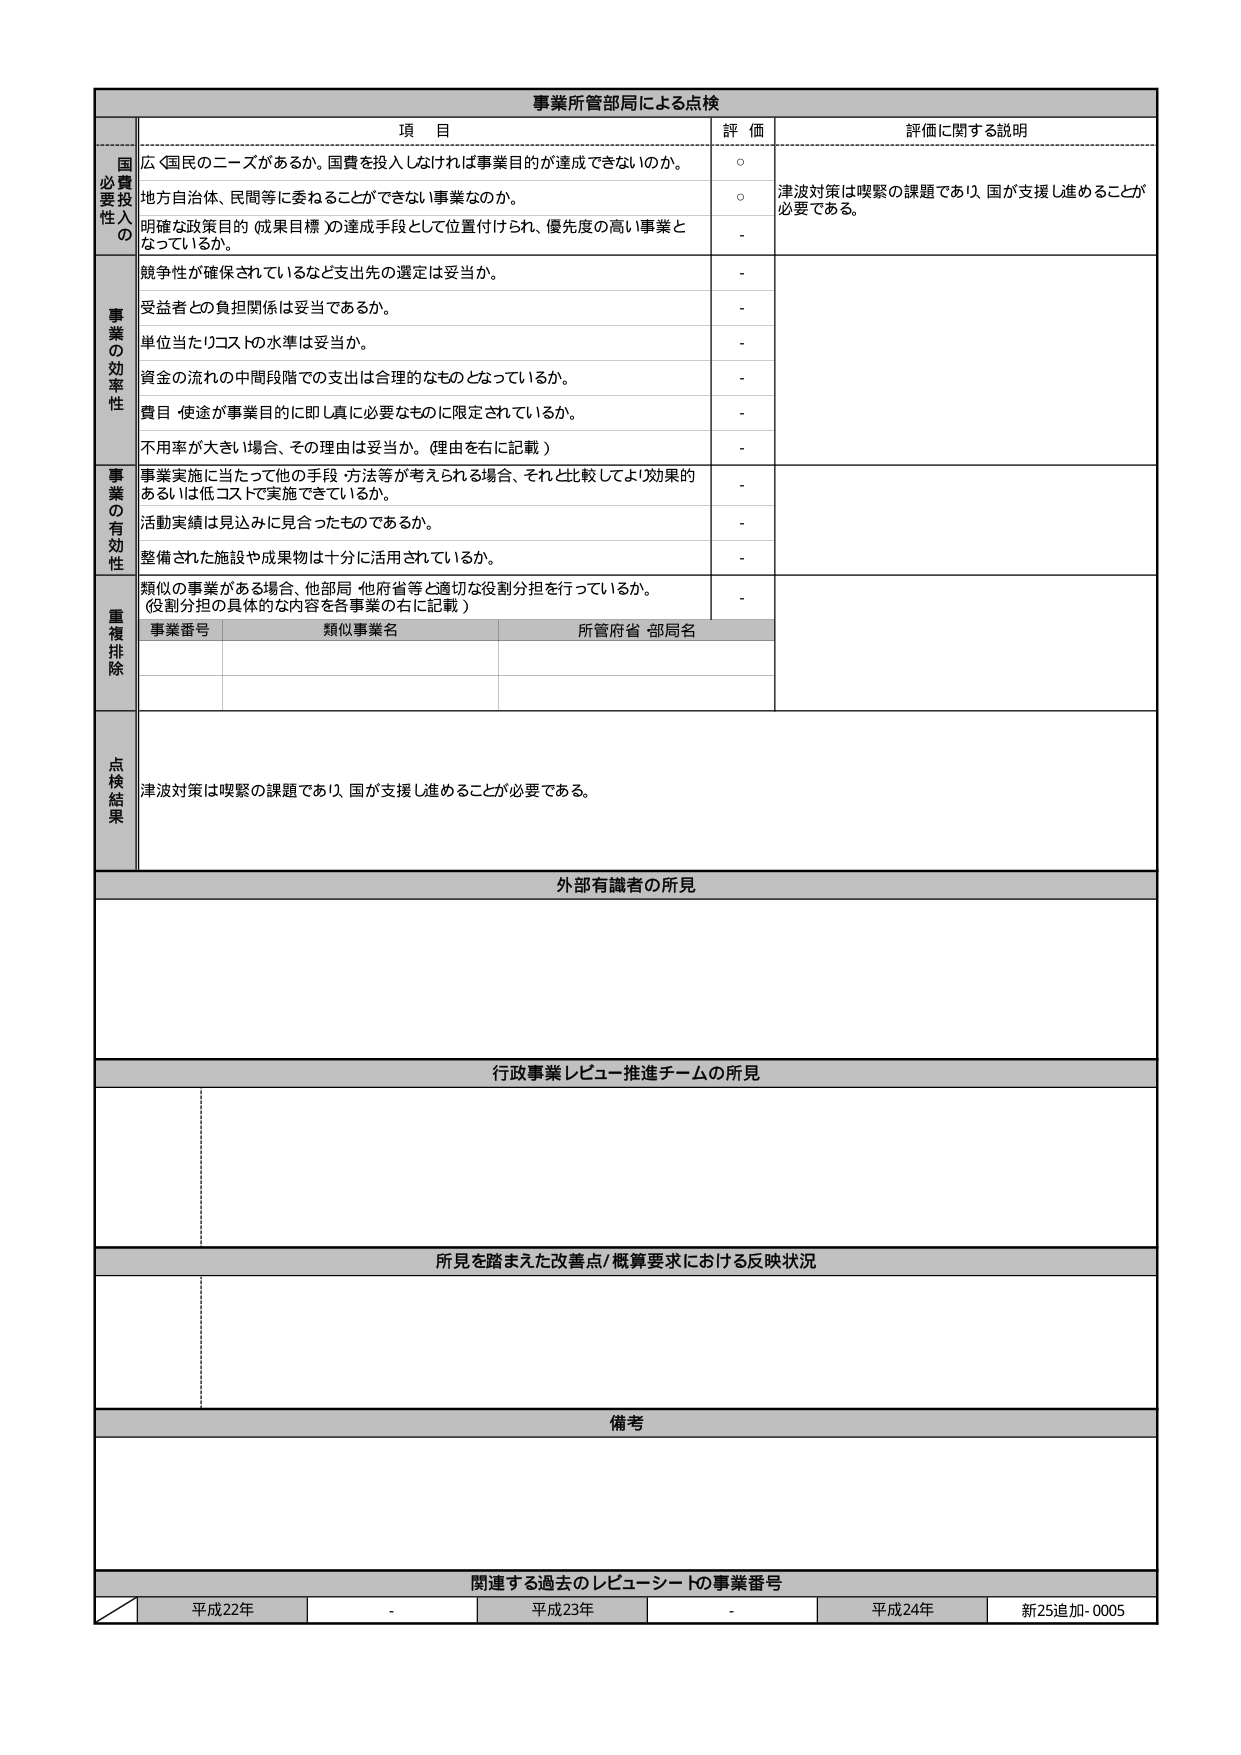
事業所管部局による点検

項 目
評 価
評価に関する説明

国費必要性の
広く国民のニーズがあるか。国費を投入しなければ事業目的が達成できないのか。
○
津波対策は喫緊の課題であり、国が支援し進めることが必要である。
地方自治体、民間等に委ねることができない事業なのか。
○
明確な政策目的（成果目標）の達成手段として位置付けられ、優先度の高い事業となっているか。
-

事業の効率性
競争性が確保されているなど支出先の選定は妥当か。
-
受益者との負担関係は妥当であるか。
-
単位当たりコストの水準は妥当か。
-
資金の流れの中間段階での支出は合理的なものとなっているか。
-
費目・使途が事業目的に即し真に必要なものに限定されているか。
-
不使用率が大きい場合、その理由は妥当か。（理由を右に記載）
-

事業の有効性
事業実施に当たって他の手段・方法等が考えられる場合、それと比較してより効果的あるいは低コストで実施できているか。
-
活動実績は見込みに見合ったものであるか。
-
整備された施設や成果物は十分に活用されているか。
-

重複排除
類似の事業がある場合、他部局・他府省等と適切な役割分担を行っているか。（役割分担の具体的な内容を各事業の右に記載）
-
事業番号
類似事業名
所管府省・部局名

点検結果
津波対策は喫緊の課題であり、国が支援し進めることが必要である。

外部有識者の所見

行政事業レビュー推進チームの所見

所見を踏まえた改善点/概算要求における反映状況

備考

関連する過去のレビューシートの事業番号
平成22年
-
平成23年
-
平成24年
新25追加-0005